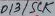
Text: D13/SCK